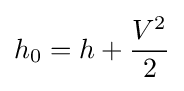
h_{0}=h+{\frac {V^{2}}{2}}